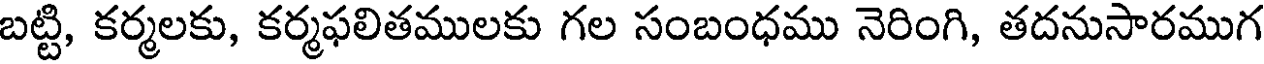
బట్టి, కర్మలకు, కర్మఫలితములకు గల సంబంధము నెరింగి, తదనుసారముగ